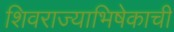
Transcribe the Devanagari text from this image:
शिवराज्याभिषेकाची